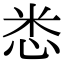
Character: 𢘻